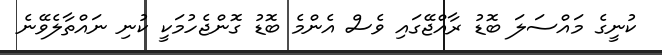
ކުނީގެ މައްސަލަ ބޮޑު ރާއްޖޭގައި ވެސް އެންމެ ބޮޑު ގޮންޖެހުމަކީ ކުނި ނައްތާލެވޭނެ